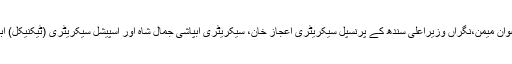
اجلاس میں چیف سیکریٹری رضوان میمن،نگراں وزیراعلی سندھ کے پرنسپل سیکریٹری اعجاز خان، سیکریٹری آبپاشی جمال شاہ اور اسپیشل سیکریٹری (ٹیکنیکل) آبپاشی اسلم ساریو نے شرکت کی۔